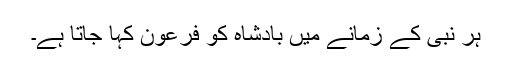
ہر نبی کے زمانے میں بادشاہ کو فرعون کہا جاتا ہے۔